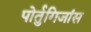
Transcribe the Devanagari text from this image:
पोर्तुगिजांस